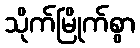
သိုက်မြိုက်စွာ